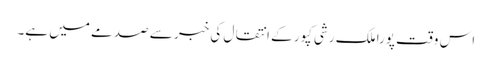
اس وقت پورا ملک رشی کپور کے انتقال کی خبر سے صدمے میں ہے۔